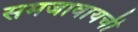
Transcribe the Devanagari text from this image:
समजावायची